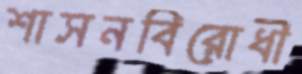
শাসনবিরোধী